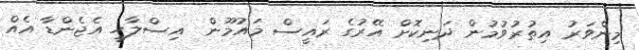
މިންވަރު އިތުރުވުމުން ދަނިކޮށް އޭރުގެ ރައީސް މައުމޫން  އިސްލާހީ އެޖެންޑާ އެއް